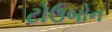
ટોઉબોન